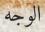
الوجه